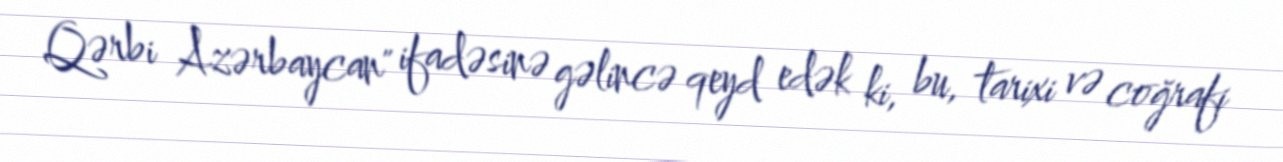
Qərbi Azərbaycan" ifadəsinə gəlincə qeyd edək ki, bu, tarixi və coğrafi